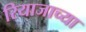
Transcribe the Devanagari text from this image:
रियाजाच्या